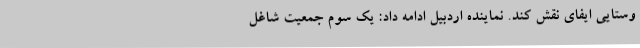
وستایی ایفای نقش کند. نماینده اردبیل ادامه داد: یک سوم جمعیت شاغل